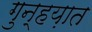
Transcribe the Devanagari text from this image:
गुन्हय़ात